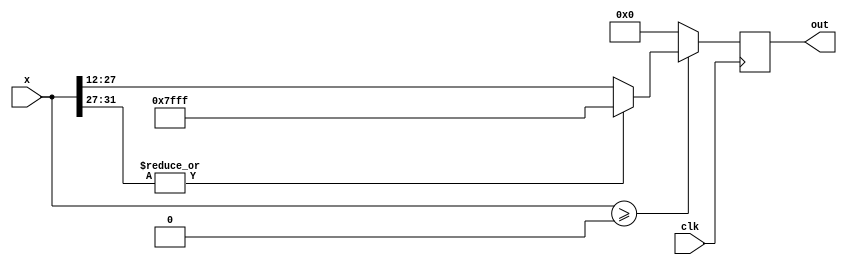
module ReLU  #(parameter dataWidth=16,weightIntWidth=4) (
    input           clk,
    input   [2*dataWidth-1:0]   x,
    output  reg [dataWidth-1:0]  out
);


always @(posedge clk)
begin
    if($signed(x) >= 0)
    begin
        if(|x[2*dataWidth-1-:weightIntWidth+1]) //over flow to sign bit of integer part
            out <= {1'b0,{(dataWidth-1){1'b1}}}; //positive saturate
        else
            out <= x[2*dataWidth-1-weightIntWidth-:dataWidth];
    end
    else 
        out <= 0;      
end

endmodule